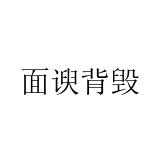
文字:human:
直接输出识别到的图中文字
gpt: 面谀背毁